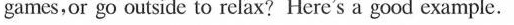
games,or go outside to relax? Here's a good example.